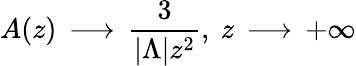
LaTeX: A(z)\, \longrightarrow\, \frac{3}{|{\Lambda}|z^{2}},~z\, \longrightarrow\, +\infty